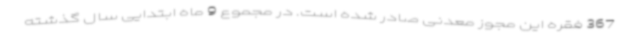
367 فقره این مجوز معدنی صادر شده است. در مجموع 9 ماه ابتدایی سال گذشته